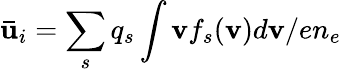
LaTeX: {\mathbf{\bar{u}}}_{i}=\sum_{s}q_{s}\int{\mathbf{v}}f_{s}({\mathbf{v}})d{\mathbf{v}}/en_{e}